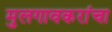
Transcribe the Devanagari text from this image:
मुलगावकरांचा